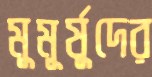
মুমূর্ষুদের